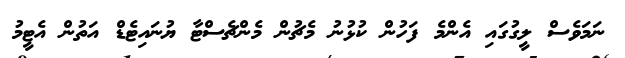
ނަމަވެސް ލީގުގައި އެންމެ ފަހުން ކުޅުނު މެޗުން މެންޗެސްޓާ ޔުނައިޓެޑް އަތުން އެޓީމު